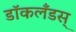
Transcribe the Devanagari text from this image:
डॉकलँडस्